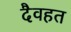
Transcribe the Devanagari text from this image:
दैवहत